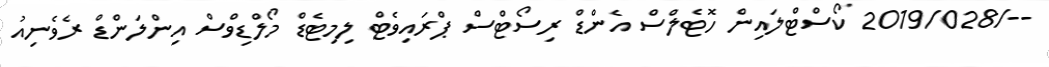
--/2019/028 ކޯސްޓްލައިން ހޮޓެލްސް އެންޑް ރިސޯޓްސް ޕްރައިވެޓް ލިމިޓެޑް މޯލްޑިވްސް އިންލަންޑް ރެވެނިއު